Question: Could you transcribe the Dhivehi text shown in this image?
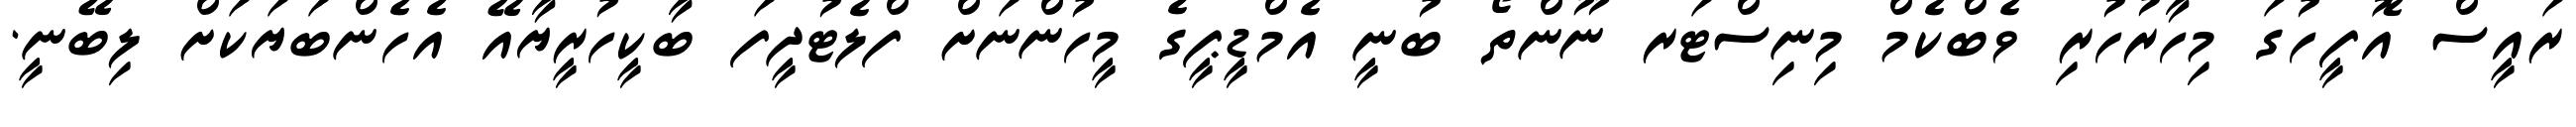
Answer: ރައީސް އޮފީހުގަ މިހާރުހުރި ވެބްކެމް މިނިސްޓަރ ނޫންތޯ ބުނީ އެމްޑީޕީގެ މީހުންނަށް ފްލެޓުދީފަ ބާކީހުރީޔާއޭ އެހެންބަޔަކަށް ލިބޭނީ.